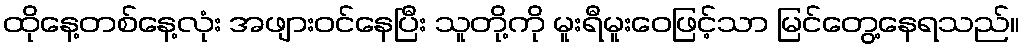
ထိုနေ့တစ်နေ့လုံး အဖျားဝင်နေပြီး သူတို့ကို မူးရီမူးဝေဖြင့်သာ မြင်တွေ့နေရသည်။